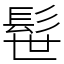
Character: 髰